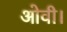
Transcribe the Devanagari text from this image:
ओवी।